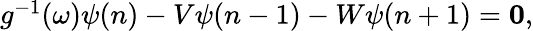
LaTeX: \begin{array}{r}{g^{-1}(\omega)\psi(n)-V\psi(n-1)-W\psi(n+1)=\mathbf{0},}\end{array}